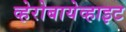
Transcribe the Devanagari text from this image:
व्हेरोबायेव्हाइट